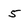
Character: 5